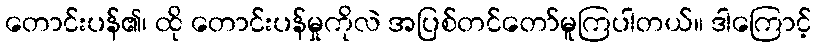
တောင်းပန်၏၊ ထို တောင်းပန်မှုကိုလဲ အပြစ်တင်တော်မူကြပါတယ်။ ဒါကြောင့်